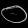
Digit: ၀